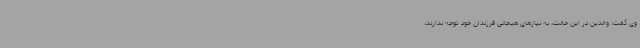
وی گفت: والدین در این حالت، به نیازهای هیجانی فرزندان خود توجه ندارند،